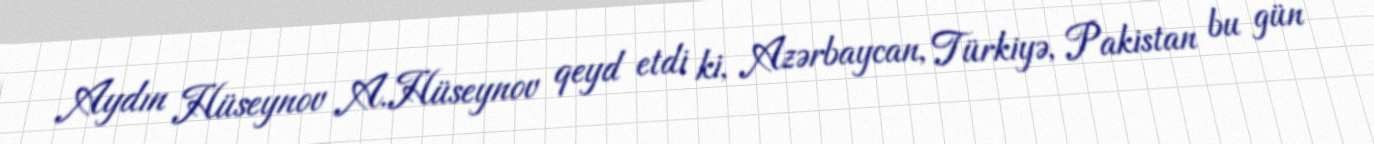
Aydın Hüseynov A.Hüseynov qeyd etdi ki, Azərbaycan, Türkiyə, Pakistan bu gün